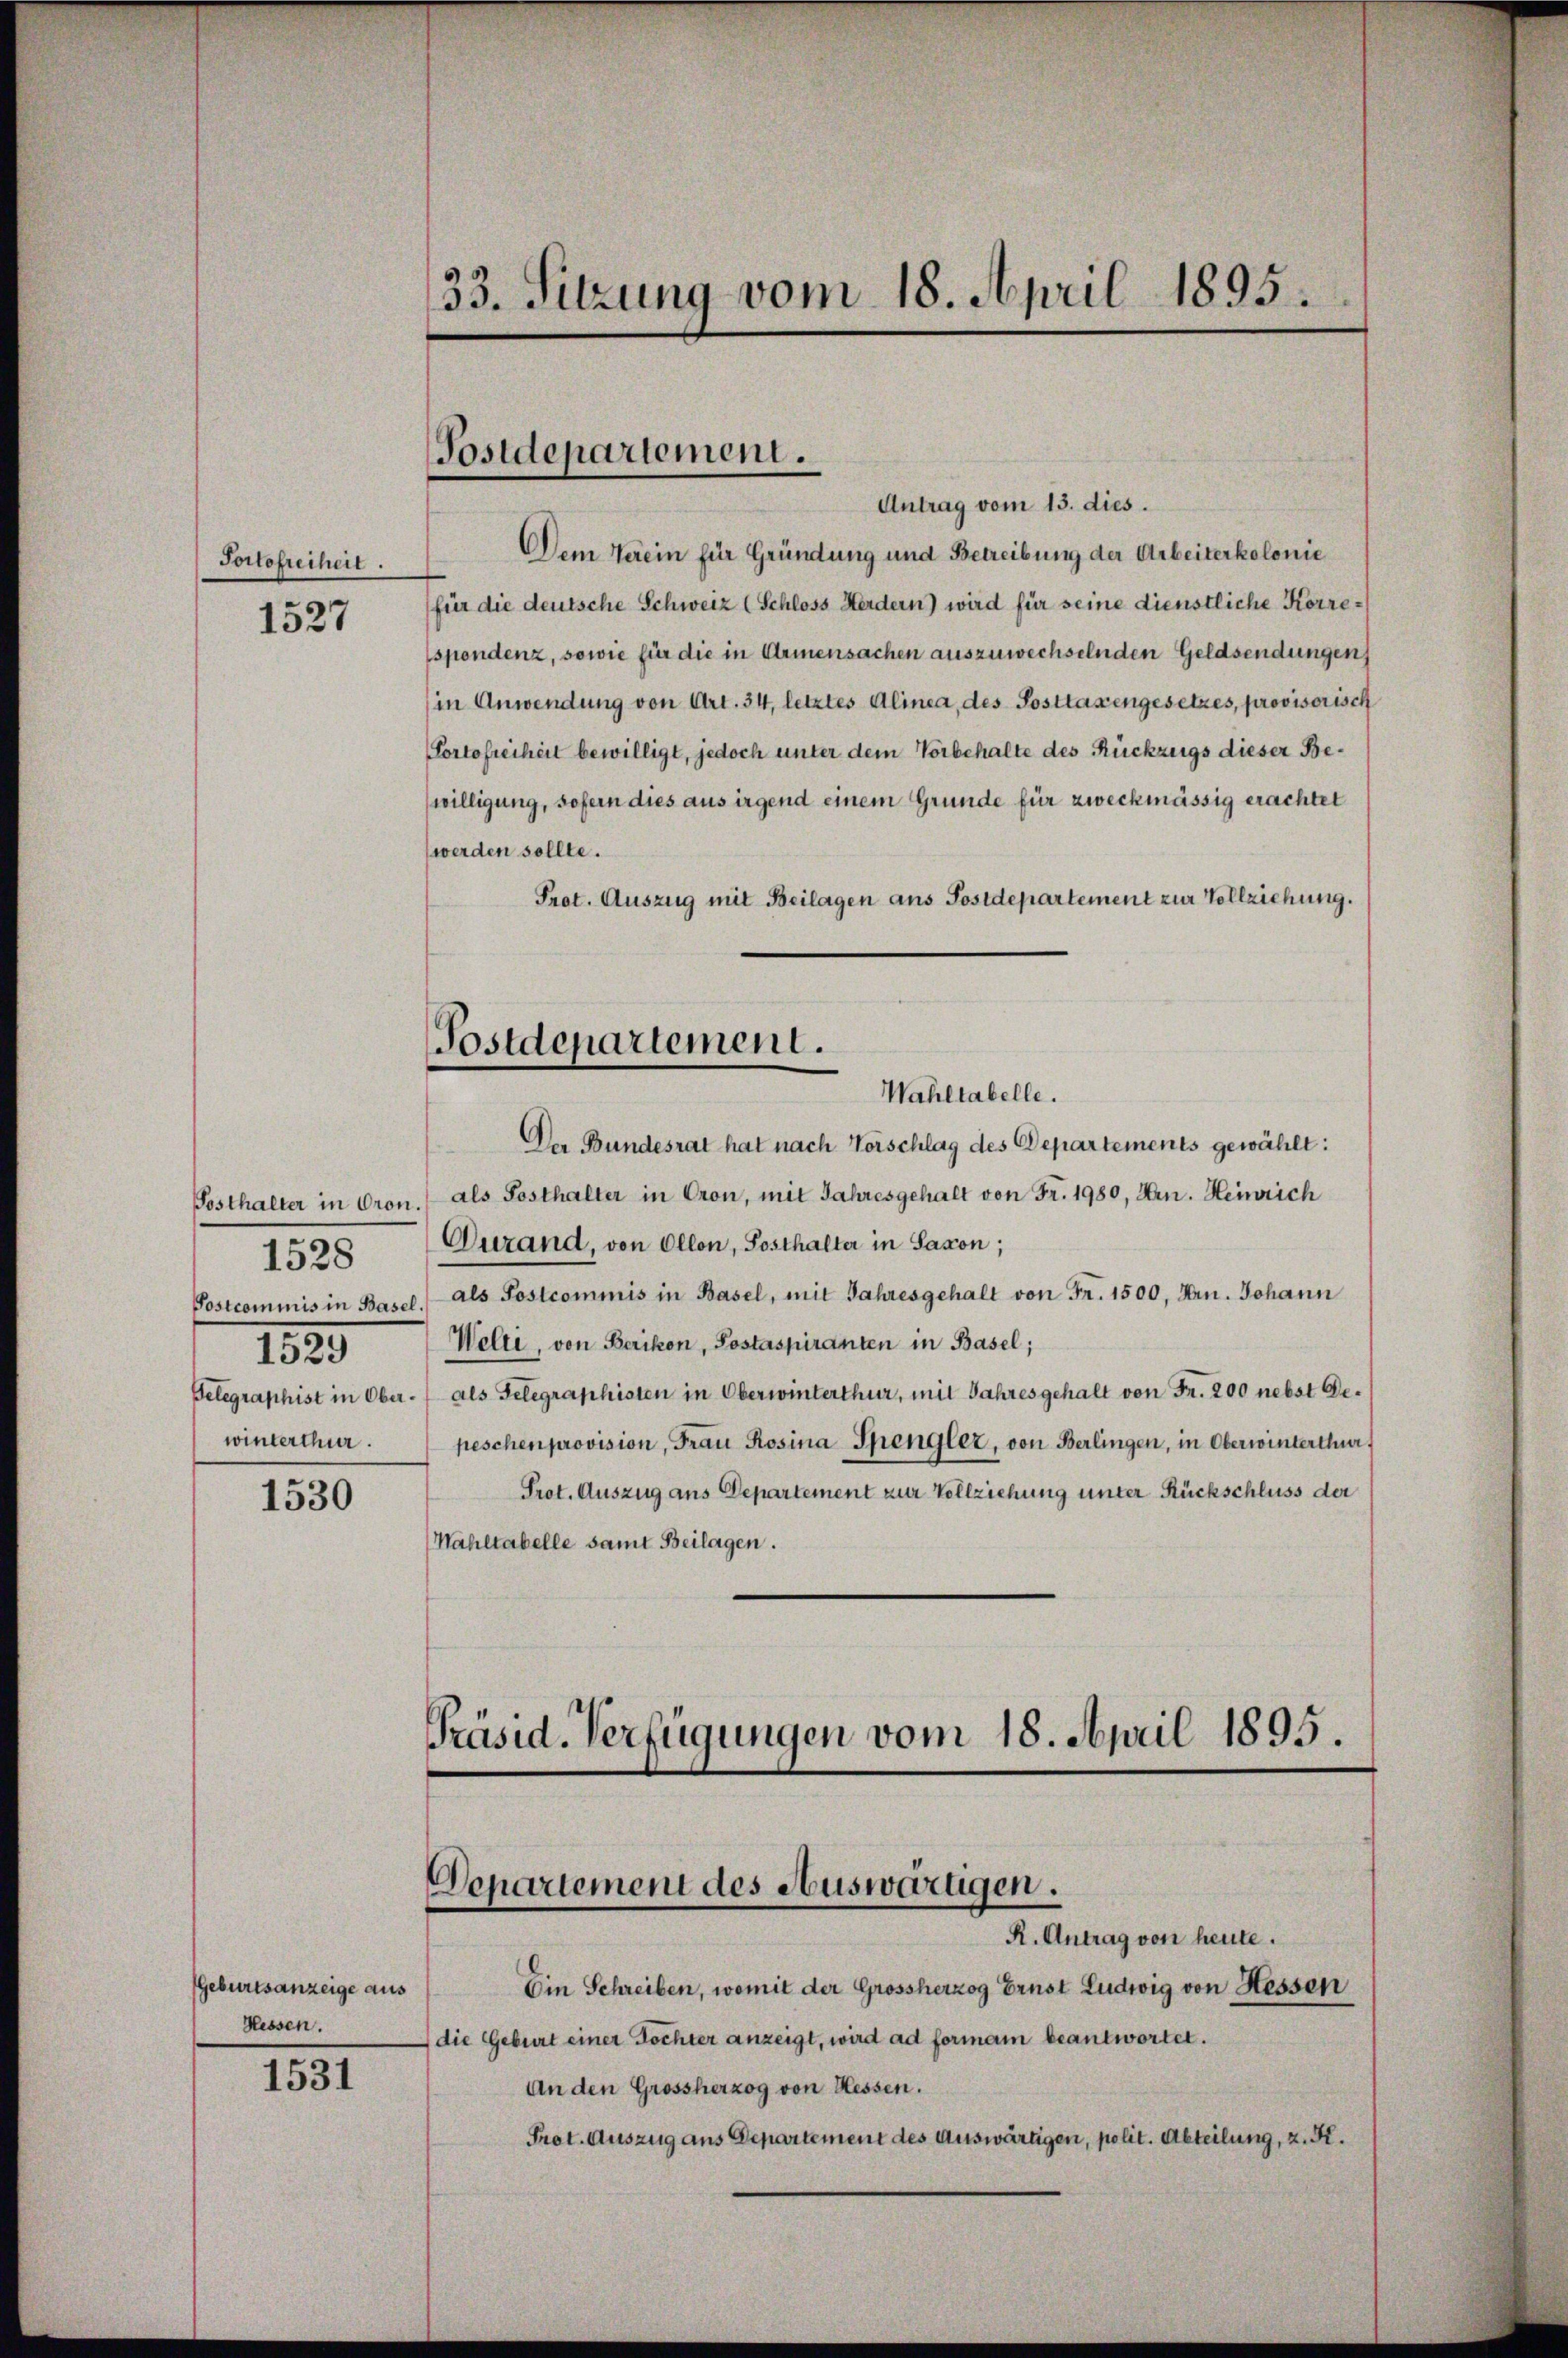
Portofreiheit.

1527

Posthalter in Oron.
1528
Postcommis in Basel.
1820
winterthur.

1530

Geburtsanzeige aus
Hessen.

1531

33. Sitzung vom 18. April 1895.

Postdepartement.
Antrag vom 13. dies.

Dem Verein für Gründung und Betreibung der Arbeiterkolonie
für die deutsche Schweiz (Schloss Herdern) wird für seine dienstliche Korrespondenz, sowie für die in Armensachen auszuwechselnden Geldsendungen
(in Anwendung von Art. 34, letztes Alinea, des Posttaxengesetzes, provisorisch
Portofreiheit bewilligt, jedoch unter dem Vorbehalte des Rückzugs dieser Be¬
(willigung, sofern dies aus irgend einem Grunde für zweckmässig erachtet
werden sollte.
Prot. Auszug mit Beilagen ans Postdepartement zur Vollziehung.

(Postdepartement.
Wahltabelle.

.
Der Bundesrat hat nach Vorschlag des Departements gewählt:
als Sosthalter in Cron, mit Jahresgehalt von Fr. 1980, Hrn. Heinrich
Duzand, von Ollon, Sosthalter in Saxon;
als Postcommis in Basel, mit Jahresgehalt von Fr. 1500, Hrn. Johann
Welti, von Berikon, Postaspiranten in Basel;
Gelegraphist in Ober. (als Telegraphisten in Oberwinterthur, mit Jahresgehalt von Fr. 200 nebst Depeschenprovision, Frau Rosina Spengler, von Berlingen, in Oberwinterthur
Prot. Auszug aus Departement zur Vollziehung unter Rückschluss der
Wahltabelle samt Beilagen.

Präsid. Verfügungen vom 18. April 1895.
Departement des Auswärtigen.
R. Antrag von heute.

Ein Schreiben, womit der Grossherzog Ernst Ludwig von Hessen
(die Geburt einer Tochter anzeigt, wird ad formann beantwortet.
An den Grossherzog von Hessen.
Prot. Auszug aus Departement des Auswärtigen, polit. Abteilung, z. R.